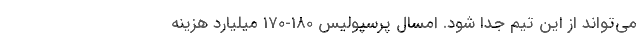
می‌تواند از این تیم جدا شود. امسال پرسپولیس 180-170 میلیارد هزینه